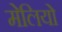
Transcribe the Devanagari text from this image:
मेलियो